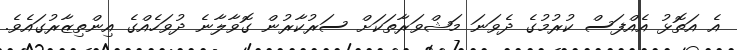
އެ އަތޮޅު އެއްފަސް ކުރުމުގެ ދެވަނަ މަޝްވަރާތަކަށް ސަރުކާރުން ގޮވާލާނެ ދުވަހެއްގެ އިންތިޒާރުގައެވެ.